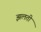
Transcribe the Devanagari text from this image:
झलती